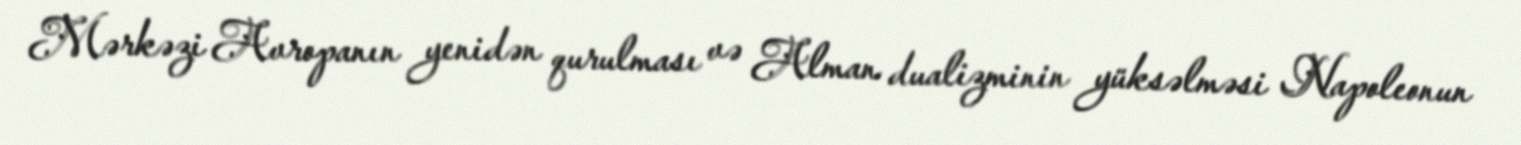
Mərkəzi Avropanın yenidən qurulması və Alman dualizminin yüksəlməsi Napoleonun